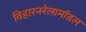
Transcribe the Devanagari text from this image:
विहारनरेलामॉडल